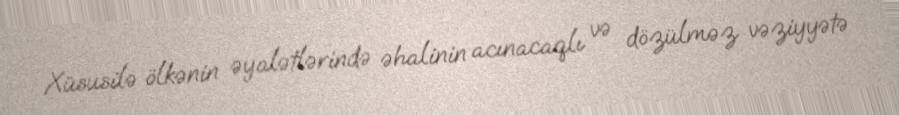
Xüsusilə ölkənin əyalətlərində əhalinin acınacaqlı və dözülməz vəziyyətə